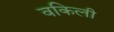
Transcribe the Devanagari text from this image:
वकिली